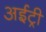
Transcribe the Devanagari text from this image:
अईट्री